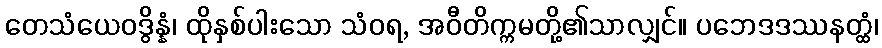
တေသံယေဝဒွိန္နံ၊ ထိုနှစ်ပါးသော သံဝရ, အဝီတိက္ကမတို့၏သာလျှင်။ ပဘေဒဒဿနတ္ထံ၊